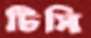
টিসি